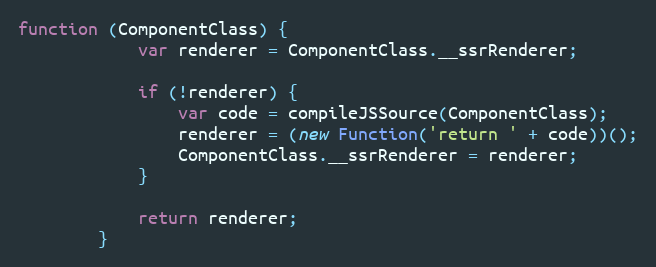
Language: JavaScript
function (ComponentClass) {
            var renderer = ComponentClass.__ssrRenderer;

            if (!renderer) {
                var code = compileJSSource(ComponentClass);
                renderer = (new Function('return ' + code))();
                ComponentClass.__ssrRenderer = renderer;
            }

            return renderer;
        }